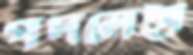
পদলেহী